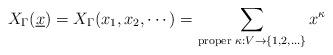
LaTeX: \begin{align*}X_\Gamma(\underline{x}) = X_{\Gamma}(x_1,x_2,\cdots) = \sum_{\textup{proper } \kappa: V \to \{1,2,\ldots\}} x^\kappa\end{align*}